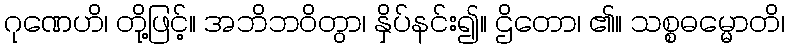
ဂုဏေဟိ၊ တို့ဖြင့်။ အဘိဘဝိတွာ၊ နှိပ်နင်း၍။ ဌိတော၊ ၏။ သစ္စဓမ္မောတိ၊